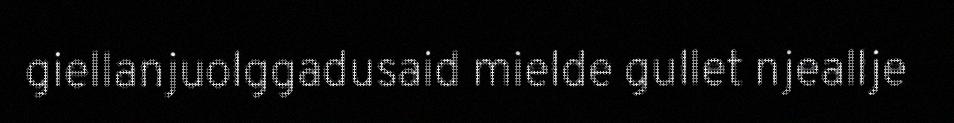
giellanjuolggadusaid mielde gullet njeallje